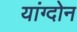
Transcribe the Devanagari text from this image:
यांग्दोन